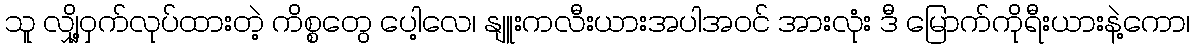
သူ လျှို့ဝှက်လုပ်ထားတဲ့ ကိစ္စတွေ ပေါ့လေ၊ နျူးကလီးယားအပါအဝင် အားလုံး ဒီ မြောက်ကိုရီးယားနဲ့ကော၊